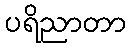
ပရိညာတာ